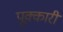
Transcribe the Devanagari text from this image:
पूक्कारी